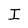
Character: I